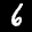
Label: 6